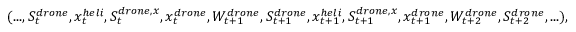
\begin{array} { r } { ( . . . , S _ { t } ^ { d r o n e } , x _ { t } ^ { h e l i } , S _ { t } ^ { d r o n e , x } , x _ { t } ^ { d r o n e } , W _ { t + 1 } ^ { d r o n e } , S _ { t + 1 } ^ { d r o n e } , x _ { t + 1 } ^ { h e l i } , S _ { t + 1 } ^ { d r o n e , x } , x _ { t + 1 } ^ { d r o n e } , W _ { t + 2 } ^ { d r o n e } , S _ { t + 2 } ^ { d r o n e } , . . . ) , } \end{array}